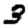
Digit: 3